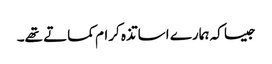
جیسا کہ ہمارے اساتذہ کرام کماتے تھے۔